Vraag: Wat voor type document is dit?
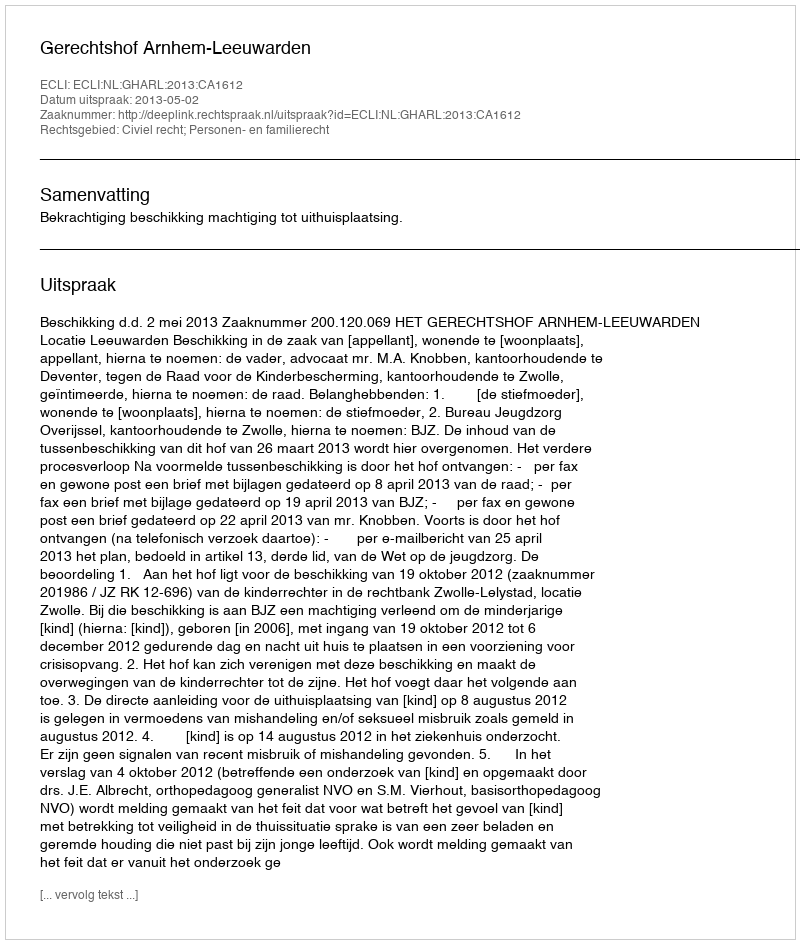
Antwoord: Uitspraak